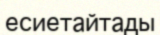
есиетайтады